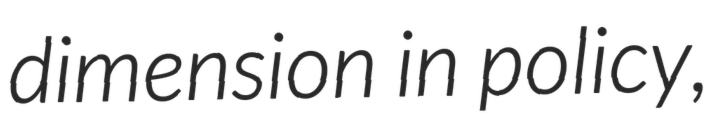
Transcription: dimension in policy,